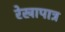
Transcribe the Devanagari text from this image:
रेखापात्र